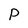
Character: p